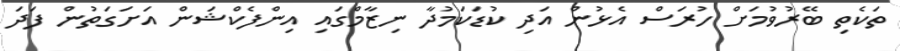
ތަކެތި ބޭރުވުމަށް ހުރަސް އެޅުން އަދި ކުޑަކަމުދާ ނިޒާމްގައި އިންފެކްޝަން އަށަގަތުން ފަދަ